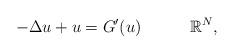
LaTeX: \begin{align*}-\Delta u+u=G'(u)\quad\quad\quad\mathbb R^N,\end{align*}